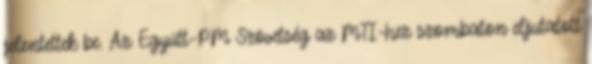
jelentettek be. Az Együtt-PM Szövetség az MTI-hez szombaton eljutatott